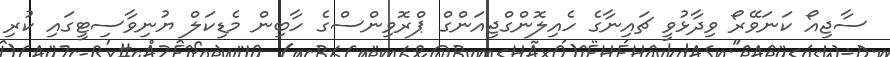
ސާޖިއޯ ކަނަވޭރޯ ވިދާޅުވީ ޗައިނާގެ ހެއިލޮންގްޖިއަންގް ޕްރޮވިންސްގެ ހާބިން މެޑިކަލް ޔުނިވާސިޓީގައި ކުރި